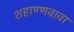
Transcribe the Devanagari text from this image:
शहाण्णवावा